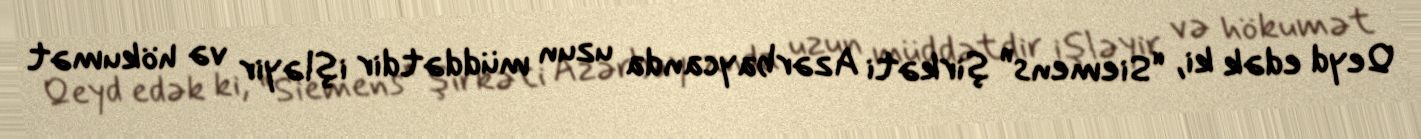
Qeyd edək ki, “Siemens” şirkəti Azərbaycanda uzun müddətdir işləyir və hökumət